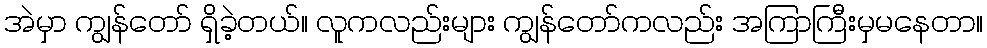
အဲမှာ ကျွန်တော် ရှိခဲ့တယ်။ လူကလည်းများ ကျွန်တော်ကလည်း အကြာကြီးမှမနေတာ။